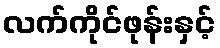
လက်ကိုင်ဖုန်းနှင့်